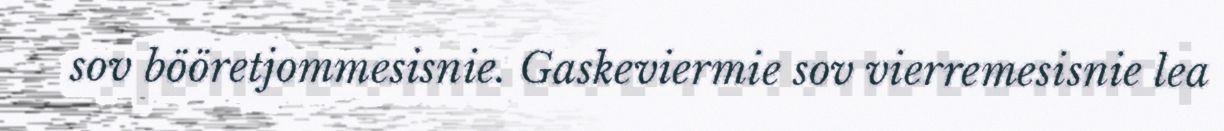
sov bööretjommesisnie. Gaskeviermie sov vierremesisnie lea